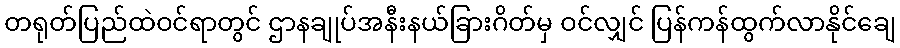
တရုတ်ပြည်ထဲဝင်ရာတွင် ဌာနချုပ်အနီးနယ်ခြားဂိတ်မှ ဝင်လျှင် ပြန်ကန်ထွက်လာနိုင်ချေ